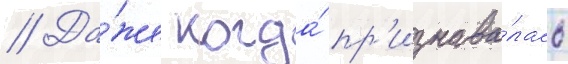
// Да́же когда́ пр'изнава́лась